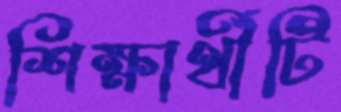
শিক্ষার্থীটি